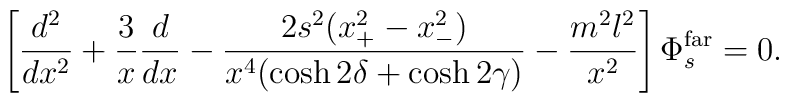
\left [ {d^2 \over dx^2} + {3 \over x} {d \over dx} -{{2 s^2 (x_+^2 -x_-^2) } \over   {x^4 (\cosh 2 \delta + \cosh 2 \gamma ) } }  - { {m^2 l^2 } \over x^2 } \right ] \Phi_s^{\rm far} =0.